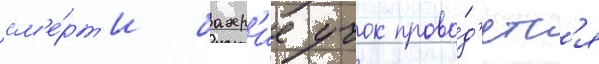
см'е́рт'и бахр'ие учок прово́д'ятс'я